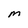
Character: M